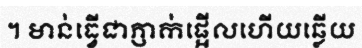
។ មាន់ធ្វើជាភ្ញាក់ផ្អើលហើយឆ្លើយ